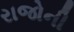
રાજોની